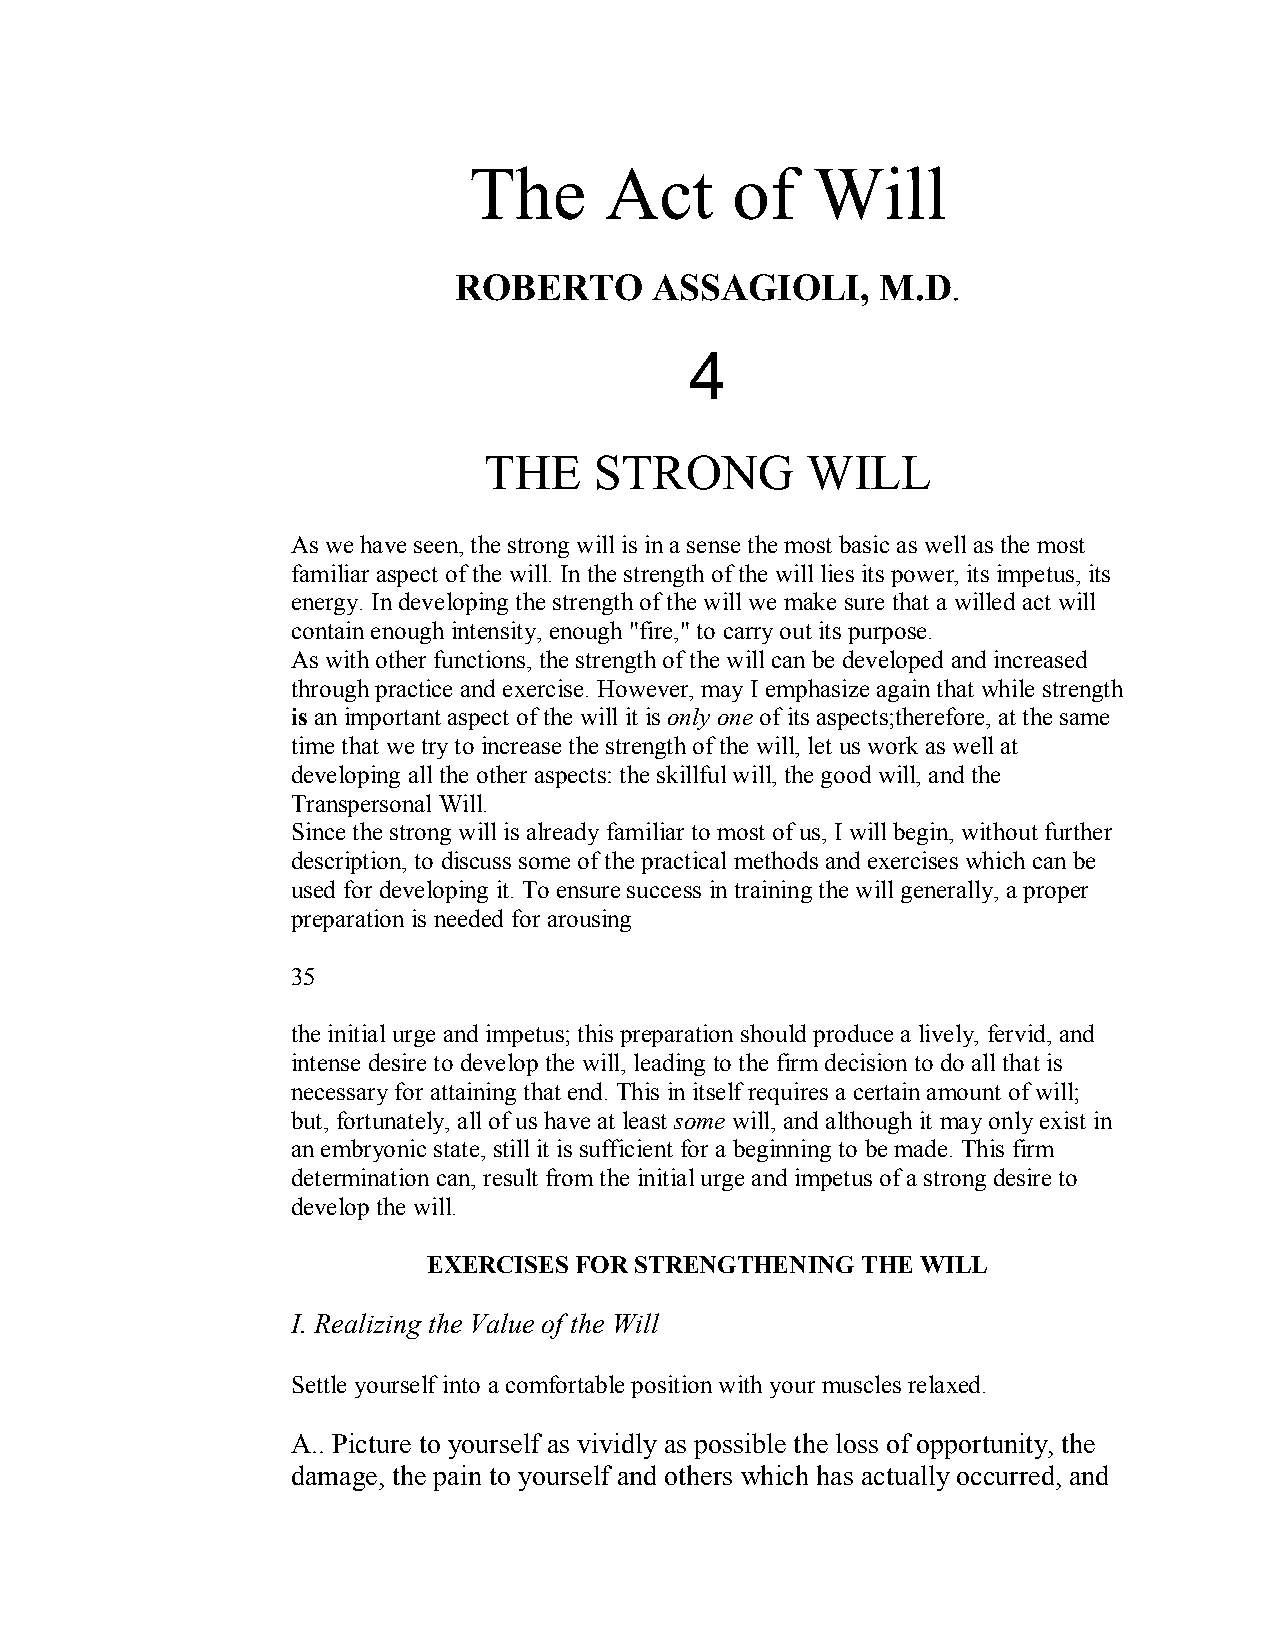
The      Act     of    Will
 ROBERTO      ASSAGIOLI,     M.D.
 4
 THE    STRONG        WILL
 As we have seen, the strong will is in a sense the most basic as well as the most
 familiar aspect of the will. In the strength of the will lies its power, its impetus, its
 energy. In developing the strength of the will we make sure that a willed act will
 contain enough intensity, enough "fire," to carry out its purpose.
 As with other functions, the strength of the will can be developed and increased
 through practice and exercise. However, may I emphasize again that while strength
 is an important aspect of the will it is only one of its aspects;therefore, at the same
 time that we try to increase the strength of the will, let us work as well at
 developing allthe other aspects: the skillful will, the good will, and the
 Transpersonal Will.
 Since the strong will is already familiar to most of us, I will begin, without further
 description, to discuss some ofthe practical methods and exercises which can be
 used for developing it. To ensure success in training the will generally, a proper
 preparation is needed for arousing
 35
 the initial urge and impetus; this preparation should produce a lively, fervid, and
 intense desire to develop the will, leading to the firm decision to do all that is
 necessary for attaining that end. This in itself requires a certain amount of will;
 but, fortunately, all of us have at least some will, and although it may only exist in
 an embryonic state, still it is sufficient for a beginning to be made. This firm
 determination can, result from the initial urge and impetus of a strong desire to
 develop the will.
 EXERCISES FOR STRENGTHENING  THE WILL
 I. Realizing the Value of the Will
 Settle yourself into a comfortable position with your muscles relaxed.
 A.. Picture to yourself as vividly as possible the loss of opportunity, the
 damage, the pain to yourself and others which has actually occurred, and